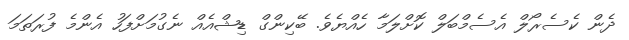
ދެން ކެސެރޯލް އެސެމްބަލް ކޮށްލަމާ ހެއްޔެވެ. ބޭކިންގް ޑިޝްއެއް ނެގުމަށްފަހު އެންމެ ފުރަތަމަ